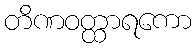
တိဏဝတ္ထာရကော